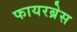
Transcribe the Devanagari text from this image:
फायरब्रेस